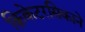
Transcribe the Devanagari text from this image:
क्रिकेटरसिकाने